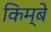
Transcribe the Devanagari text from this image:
किम्बे